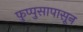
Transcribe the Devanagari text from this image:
फुप्पुसापासून